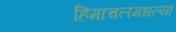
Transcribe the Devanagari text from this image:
हिमाचलमधल्या